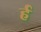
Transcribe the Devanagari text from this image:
र्ह